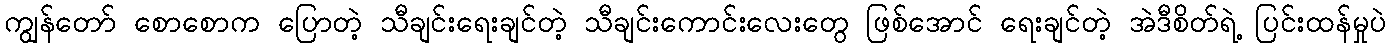
ကျွန်တော် စောစောက ပြောတဲ့ သီချင်းရေးချင်တဲ့ သီချင်းကောင်းလေးတွေ ဖြစ်အောင် ရေးချင်တဲ့ အဲဒီစိတ်ရဲ့ ပြင်းထန်မှုပဲ